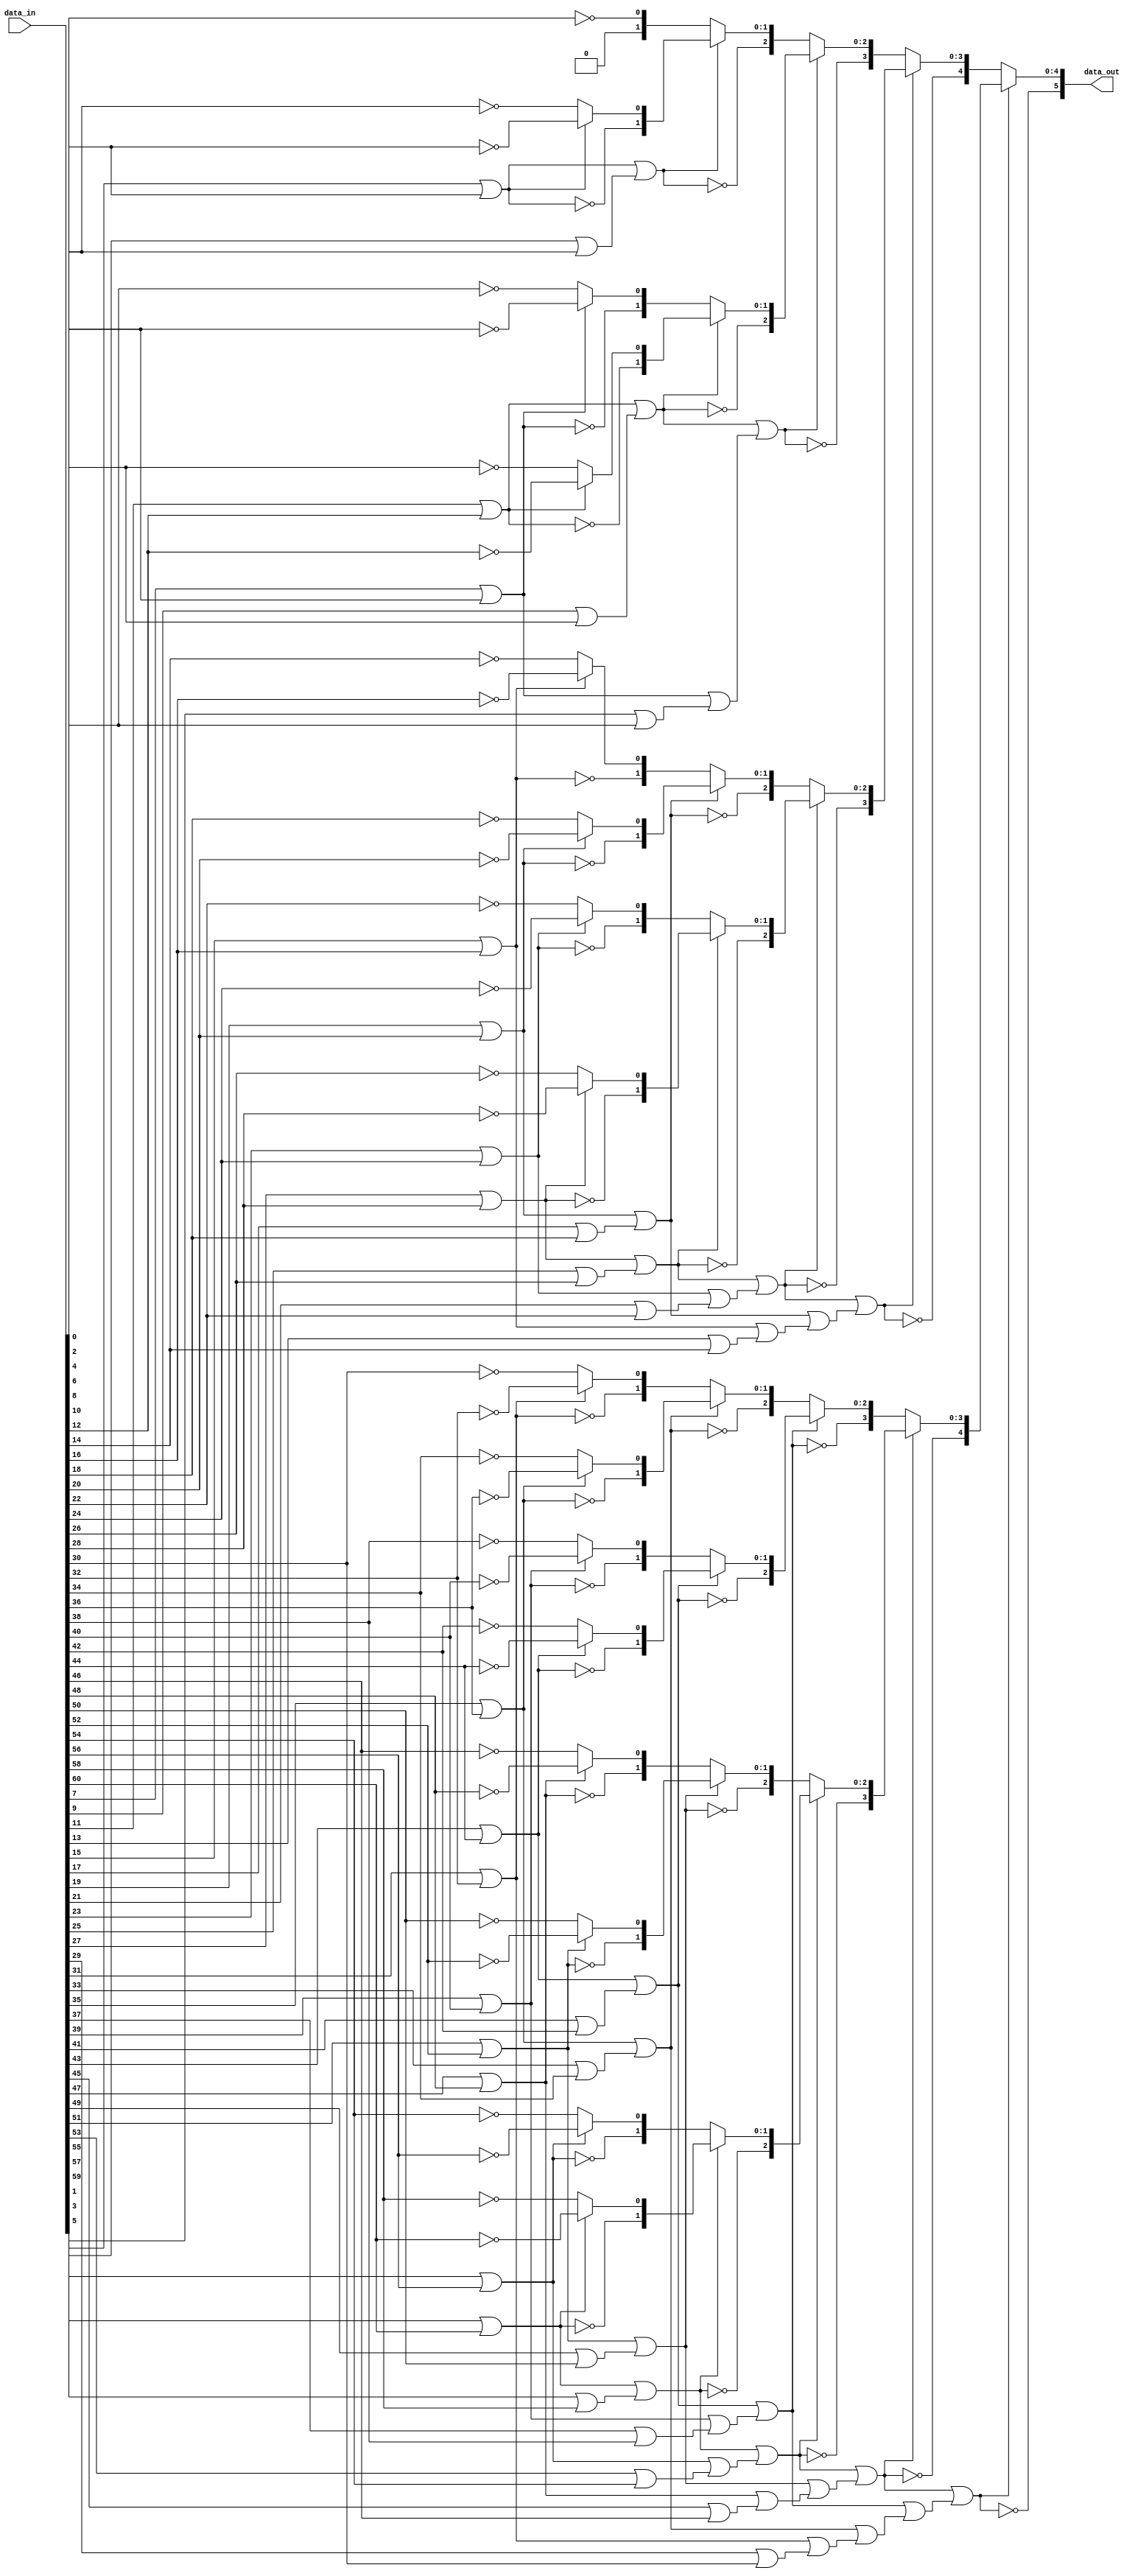
//------------------------------------------------------------------------------
//
// gng_lzd.v
//
// This file is part of the Gaussian Noise Generator IP Core
//
// Description
//     Leading zero detector of 61-bit number.
//
//------------------------------------------------------------------------------
//
// Copyright (C) 2014, Guangxi Liu <guangxi.liu@opencores.org>
//
// This source file may be used and distributed without restriction provided
// that this copyright statement is not removed from the file and that any
// derivative work contains the original copyright notice and the associated
// disclaimer.
//
// This source file is free software; you can redistribute it and/or modify it
// under the terms of the GNU Lesser General Public License as published by
// the Free Software Foundation; either version 2.1 of the License,
// or (at your option) any later version.
//
// This source is distributed in the hope that it will be useful, but
// WITHOUT ANY WARRANTY; without even the implied warranty of MERCHANTABILITY
// or FITNESS FOR A PARTICULAR PURPOSE. See the GNU Lesser General Public
// License for more details.
//
// You should have received a copy of the GNU Lesser General Public License
// along with this source; if not, download it from
// http://www.opencores.org/lgpl.shtml
//
//------------------------------------------------------------------------------


`timescale 1 ns / 1 ps


module gng_lzd (
    // Data interface
    input [60:0] data_in,        // input data
    output [5:0] data_out        // output number of leading zeros
);

// Local variables
wire [63:0] d;
wire p1 [31:0];
wire [31:0] v1;
wire [1:0] p2 [15:0];
wire [15:0] v2;
wire [2:0] p3 [7:0];
wire [7:0] v3;
wire [3:0] p4 [3:0];
wire [3:0] v4;
wire [4:0] p5 [1:0];
wire [1:0] v5;
wire [5:0] p6;


// Parallel structure
assign d = {data_in, 3'b111};    // fill last 3 bits with '1'

assign p1[0 ] = ~d[1 ];
assign p1[1 ] = ~d[3 ];
assign p1[2 ] = ~d[5 ];
assign p1[3 ] = ~d[7 ];
assign p1[4 ] = ~d[9 ];
assign p1[5 ] = ~d[11];
assign p1[6 ] = ~d[13];
assign p1[7 ] = ~d[15];
assign p1[8 ] = ~d[17];
assign p1[9 ] = ~d[19];
assign p1[10] = ~d[21];
assign p1[11] = ~d[23];
assign p1[12] = ~d[25];
assign p1[13] = ~d[27];
assign p1[14] = ~d[29];
assign p1[15] = ~d[31];
assign p1[16] = ~d[33];
assign p1[17] = ~d[35];
assign p1[18] = ~d[37];
assign p1[19] = ~d[39];
assign p1[20] = ~d[41];
assign p1[21] = ~d[43];
assign p1[22] = ~d[45];
assign p1[23] = ~d[47];
assign p1[24] = ~d[49];
assign p1[25] = ~d[51];
assign p1[26] = ~d[53];
assign p1[27] = ~d[55];
assign p1[28] = ~d[57];
assign p1[29] = ~d[59];
assign p1[30] = ~d[61];
assign p1[31] = ~d[63];
assign v1[0 ] = d[0 ] | d[1 ];
assign v1[1 ] = d[2 ] | d[3 ];
assign v1[2 ] = d[4 ] | d[5 ];
assign v1[3 ] = d[6 ] | d[7 ];
assign v1[4 ] = d[8 ] | d[9 ];
assign v1[5 ] = d[10] | d[11];
assign v1[6 ] = d[12] | d[13];
assign v1[7 ] = d[14] | d[15];
assign v1[8 ] = d[16] | d[17];
assign v1[9 ] = d[18] | d[19];
assign v1[10] = d[20] | d[21];
assign v1[11] = d[22] | d[23];
assign v1[12] = d[24] | d[25];
assign v1[13] = d[26] | d[27];
assign v1[14] = d[28] | d[29];
assign v1[15] = d[30] | d[31];
assign v1[16] = d[32] | d[33];
assign v1[17] = d[34] | d[35];
assign v1[18] = d[36] | d[37];
assign v1[19] = d[38] | d[39];
assign v1[20] = d[40] | d[41];
assign v1[21] = d[42] | d[43];
assign v1[22] = d[44] | d[45];
assign v1[23] = d[46] | d[47];
assign v1[24] = d[48] | d[49];
assign v1[25] = d[50] | d[51];
assign v1[26] = d[52] | d[53];
assign v1[27] = d[54] | d[55];
assign v1[28] = d[56] | d[57];
assign v1[29] = d[58] | d[59];
assign v1[30] = d[60] | d[61];
assign v1[31] = d[62] | d[63];

assign p2[0 ] = {~v1[1 ], (v1[1 ] ? p1[1 ] : p1[0 ])};
assign p2[1 ] = {~v1[3 ], (v1[3 ] ? p1[3 ] : p1[2 ])};
assign p2[2 ] = {~v1[5 ], (v1[5 ] ? p1[5 ] : p1[4 ])};
assign p2[3 ] = {~v1[7 ], (v1[7 ] ? p1[7 ] : p1[6 ])};
assign p2[4 ] = {~v1[9 ], (v1[9 ] ? p1[9 ] : p1[8 ])};
assign p2[5 ] = {~v1[11], (v1[11] ? p1[11] : p1[10])};
assign p2[6 ] = {~v1[13], (v1[13] ? p1[13] : p1[12])};
assign p2[7 ] = {~v1[15], (v1[15] ? p1[15] : p1[14])};
assign p2[8 ] = {~v1[17], (v1[17] ? p1[17] : p1[16])};
assign p2[9 ] = {~v1[19], (v1[19] ? p1[19] : p1[18])};
assign p2[10] = {~v1[21], (v1[21] ? p1[21] : p1[20])};
assign p2[11] = {~v1[23], (v1[23] ? p1[23] : p1[22])};
assign p2[12] = {~v1[25], (v1[25] ? p1[25] : p1[24])};
assign p2[13] = {~v1[27], (v1[27] ? p1[27] : p1[26])};
assign p2[14] = {~v1[29], (v1[29] ? p1[29] : p1[28])};
assign p2[15] = {~v1[31], (v1[31] ? p1[31] : p1[30])};
assign v2[0 ] = v1[1 ] | v1[0 ];
assign v2[1 ] = v1[3 ] | v1[2 ];
assign v2[2 ] = v1[5 ] | v1[4 ];
assign v2[3 ] = v1[7 ] | v1[6 ];
assign v2[4 ] = v1[9 ] | v1[8 ];
assign v2[5 ] = v1[11] | v1[10];
assign v2[6 ] = v1[13] | v1[12];
assign v2[7 ] = v1[15] | v1[14];
assign v2[8 ] = v1[17] | v1[16];
assign v2[9 ] = v1[19] | v1[18];
assign v2[10] = v1[21] | v1[20];
assign v2[11] = v1[23] | v1[22];
assign v2[12] = v1[25] | v1[24];
assign v2[13] = v1[27] | v1[26];
assign v2[14] = v1[29] | v1[28];
assign v2[15] = v1[31] | v1[30];

assign p3[0] = {~v2[1 ], (v2[1 ] ? p2[1 ] : p2[0 ])};
assign p3[1] = {~v2[3 ], (v2[3 ] ? p2[3 ] : p2[2 ])};
assign p3[2] = {~v2[5 ], (v2[5 ] ? p2[5 ] : p2[4 ])};
assign p3[3] = {~v2[7 ], (v2[7 ] ? p2[7 ] : p2[6 ])};
assign p3[4] = {~v2[9 ], (v2[9 ] ? p2[9 ] : p2[8 ])};
assign p3[5] = {~v2[11], (v2[11] ? p2[11] : p2[10])};
assign p3[6] = {~v2[13], (v2[13] ? p2[13] : p2[12])};
assign p3[7] = {~v2[15], (v2[15] ? p2[15] : p2[14])};
assign v3[0] = v2[1 ] | v2[0 ];
assign v3[1] = v2[3 ] | v2[2 ];
assign v3[2] = v2[5 ] | v2[4 ];
assign v3[3] = v2[7 ] | v2[6 ];
assign v3[4] = v2[9 ] | v2[8 ];
assign v3[5] = v2[11] | v2[10];
assign v3[6] = v2[13] | v2[12];
assign v3[7] = v2[15] | v2[14];

assign p4[0] = {~v3[1], (v3[1] ? p3[1] : p3[0])};
assign p4[1] = {~v3[3], (v3[3] ? p3[3] : p3[2])};
assign p4[2] = {~v3[5], (v3[5] ? p3[5] : p3[4])};
assign p4[3] = {~v3[7], (v3[7] ? p3[7] : p3[6])};
assign v4[0] = v3[1] | v3[0];
assign v4[1] = v3[3] | v3[2];
assign v4[2] = v3[5] | v3[4];
assign v4[3] = v3[7] | v3[6];

assign p5[0] = {~v4[1], (v4[1] ? p4[1] : p4[0])};
assign p5[1] = {~v4[3], (v4[3] ? p4[3] : p4[2])};
assign v5[0] = v4[1] | v4[0];
assign v5[1] = v4[3] | v4[2];

assign p6 = {~v5[1], (v5[1] ? p5[1] : p5[0])};


// Output data
assign data_out = p6;


endmodule